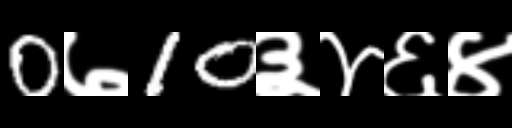
Text: 0७10३४६४